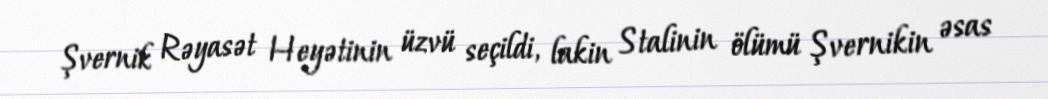
Şvernik Rəyasət Heyətinin üzvü seçildi, lakin Stalinin ölümü Şvernikin əsas